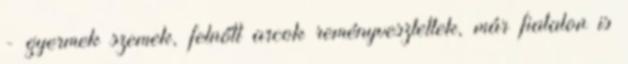
- gyermek szemek, felnőtt arcok reményvesztettek, már fiatalon is